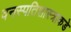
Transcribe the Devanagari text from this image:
वनस्पतिशास्त्राकडे